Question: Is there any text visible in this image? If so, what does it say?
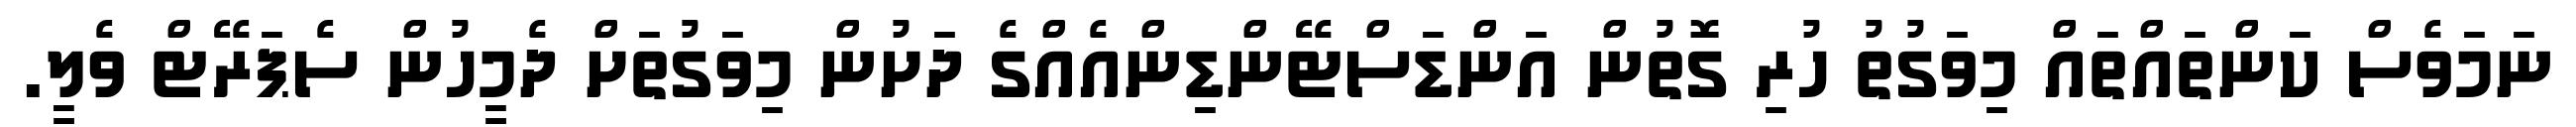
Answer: ނަމަވެސް ކަންތައްތައް މިވަގުތު ހުރި ގޮތުން އަންޑަސްޓޭންޑިންއެއްގެ ދަށުން މިވަގުތަށް ދެމީހުން ސެޕަރޭޓް ވެލީ.